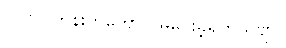
၂၀၁၀ တုန်းကတောင် မဲပေးခဲ့ရတယ်ဗျာ။